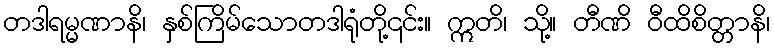
တဒါရမ္မဏာနိ၊ နှစ်ကြိမ်သောတဒါရုံတို့၎င်း။ ဣတိ၊ သို့။ တီဏိ ဝီထိစိတ္တာနိ၊